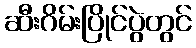
ဆီးဂိမ်းပြိုင်ပွဲတွင်